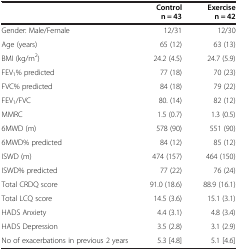
|  | Control n = 43 | Exercise n = 42 |
 | --- | --- | --- |
 | Gender: Male/Female | 12/31 | 12/30 |
 | Age (years) | 65 (12) | 63 (13) |
 | BMI (kg/m2) | 24.2 (4.5) | 24.7 (5.9) |
 | FEV1% predicted | 77 (18) | 70 (23) |
 | FVC% predicted | 84 (18) | 79 (22) |
 | FEV1/FVC | 80. (14) | 82 (12) |
 | MMRC | 1.5 (0.7) | 1.3 (0.5) |
 | 6MWD (m) | 578 (90) | 551 (90) |
 | 6MWD% predicted | 84 (12) | 85 (12) |
 | ISWD (m) | 474 (157) | 464 (150) |
 | ISWD% predicted | 77 (22) | 76 (24) |
 | Total CRDQ score | 91.0 (18.6) | 88.9 (16.1) |
 | Total LCQ score | 14.5 (3.6) | 15.1 (3.1) |
 | HADS Anxiety | 4.4 (3.1) | 4.8 (3.4) |
 | HADS Depression | 3.5 (2.8) | 3.1 (2.9) |
 | No of exacerbations in previous 2 years | 5.3 [4.8] | 5.1 [4.6] |